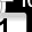
Digit: 1